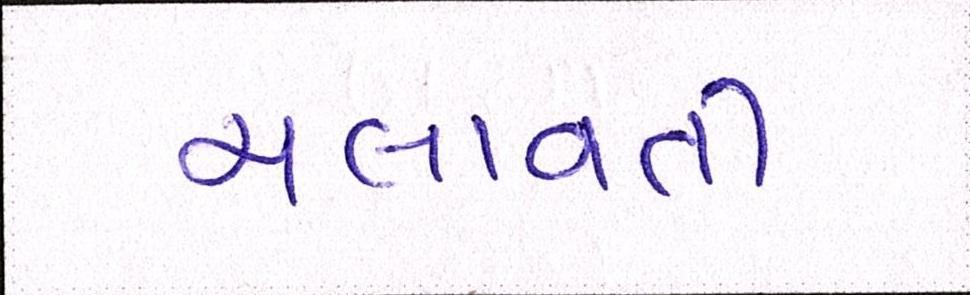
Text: ચલાવતી